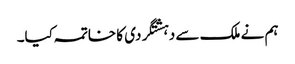
ہم نے ملک سے دہشتگردی کا خاتمہ کیا۔